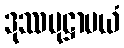
ဒုဿမုဋ္ဌာပယံ